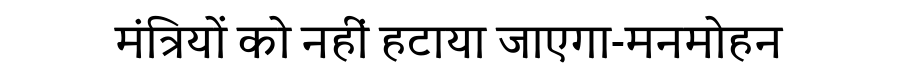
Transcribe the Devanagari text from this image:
मंत्रियों को नहीं हटाया जाएगा-मनमोहन